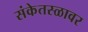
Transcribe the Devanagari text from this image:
संकेतस्ळावर